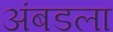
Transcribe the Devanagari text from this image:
अंबडला